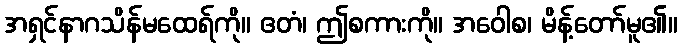
အရှင်နာဂသိန်မထေရ်ကို။ ဧတံ၊ ဤစကားကို။ အဝေါစ၊ မိန့်တော်မူ၏။